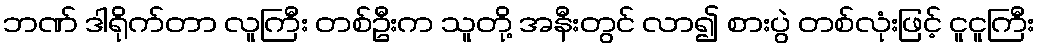
ဘဏ် ဒါရိုက်တာ လူကြီး တစ်ဦးက သူတို့ အနီးတွင် လာ၍ စားပွဲ တစ်လုံးဖြင့် ငူငူကြီး